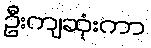
ဦးကျဆုံးကာ